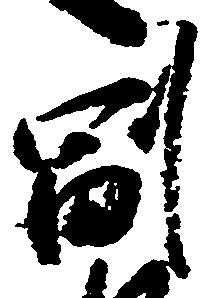
副